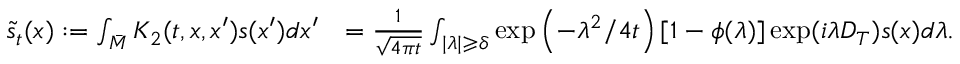
\begin{array} { r l } { \tilde { s } _ { t } ( x ) : = \int _ { \bar { M } } K _ { 2 } ( t , x , x ^ { \prime } ) s ( x ^ { \prime } ) d x ^ { \prime } } & { = \frac { 1 } { \sqrt { 4 \pi t } } \int _ { | \lambda | \geqslant \delta } \exp \left( - \lambda ^ { 2 } / 4 t \right) [ 1 - \phi ( \lambda ) ] \exp ( i \lambda D _ { T } ) s ( x ) d \lambda . } \end{array}